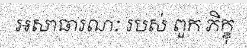
អសាធារណៈ របស់ ពួក ភិក្ខុ